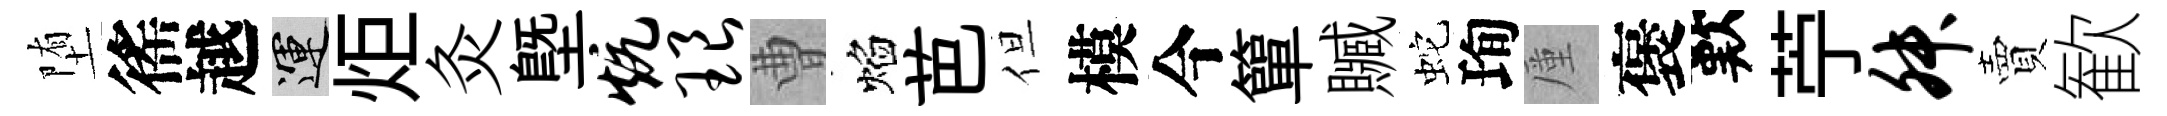
堕徭越運炬灸塈炕琅曹焰芭但模今簞贓蛇珣厪褒歎苧舛賣歓